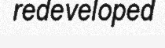
redeveloped